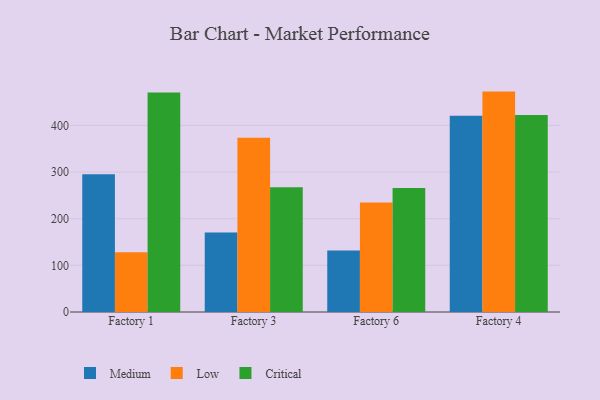
{"axis": {"x": "Factory", "y": "Market Share (%)"}, "legend": ["Critical", "Low", "Medium"], "data": [{"x": "Factory 1", "y": 295.4, "type": "Medium"}, {"x": "Factory 1", "y": 128.0, "type": "Low"}, {"x": "Factory 1", "y": 470.6, "type": "Critical"}, {"x": "Factory 3", "y": 170.4, "type": "Medium"}, {"x": "Factory 3", "y": 373.8, "type": "Low"}, {"x": "Factory 3", "y": 267.6, "type": "Critical"}, {"x": "Factory 6", "y": 131.6, "type": "Medium"}, {"x": "Factory 6", "y": 234.9, "type": "Low"}, {"x": "Factory 6", "y": 265.8, "type": "Critical"}, {"x": "Factory 4", "y": 420.6, "type": "Medium"}, {"x": "Factory 4", "y": 472.5, "type": "Low"}, {"x": "Factory 4", "y": 422.5, "type": "Critical"}]}